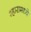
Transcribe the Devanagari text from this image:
श्हारामध्ये